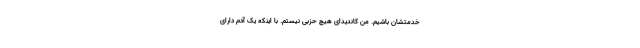
خدمتشان باشیم. من کاندیدای هیچ حزبی نیستم. با اینکه یک آدم دارای